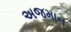
અજમાન